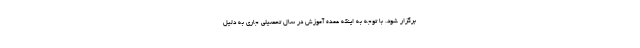
برگزار شود. با توجه به اینکه عمده آموزش در سال تحصیلی جاری به دلیل